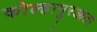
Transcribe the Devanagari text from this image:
कोल्हापूरआता